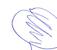
Signature authenticity: forged